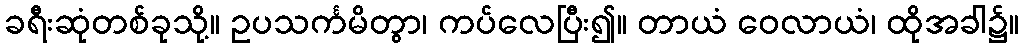
ခရီးဆုံတစ်ခုသို့။ ဥပသင်္ကမိတွာ၊ ကပ်လေပြီး၍။ တာယံ ဝေလာယံ၊ ထိုအခါ၌။